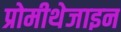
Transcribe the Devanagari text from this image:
प्रोमीथेजाइन